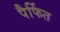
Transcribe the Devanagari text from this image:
पैर्फित